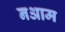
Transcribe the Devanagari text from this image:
नआम